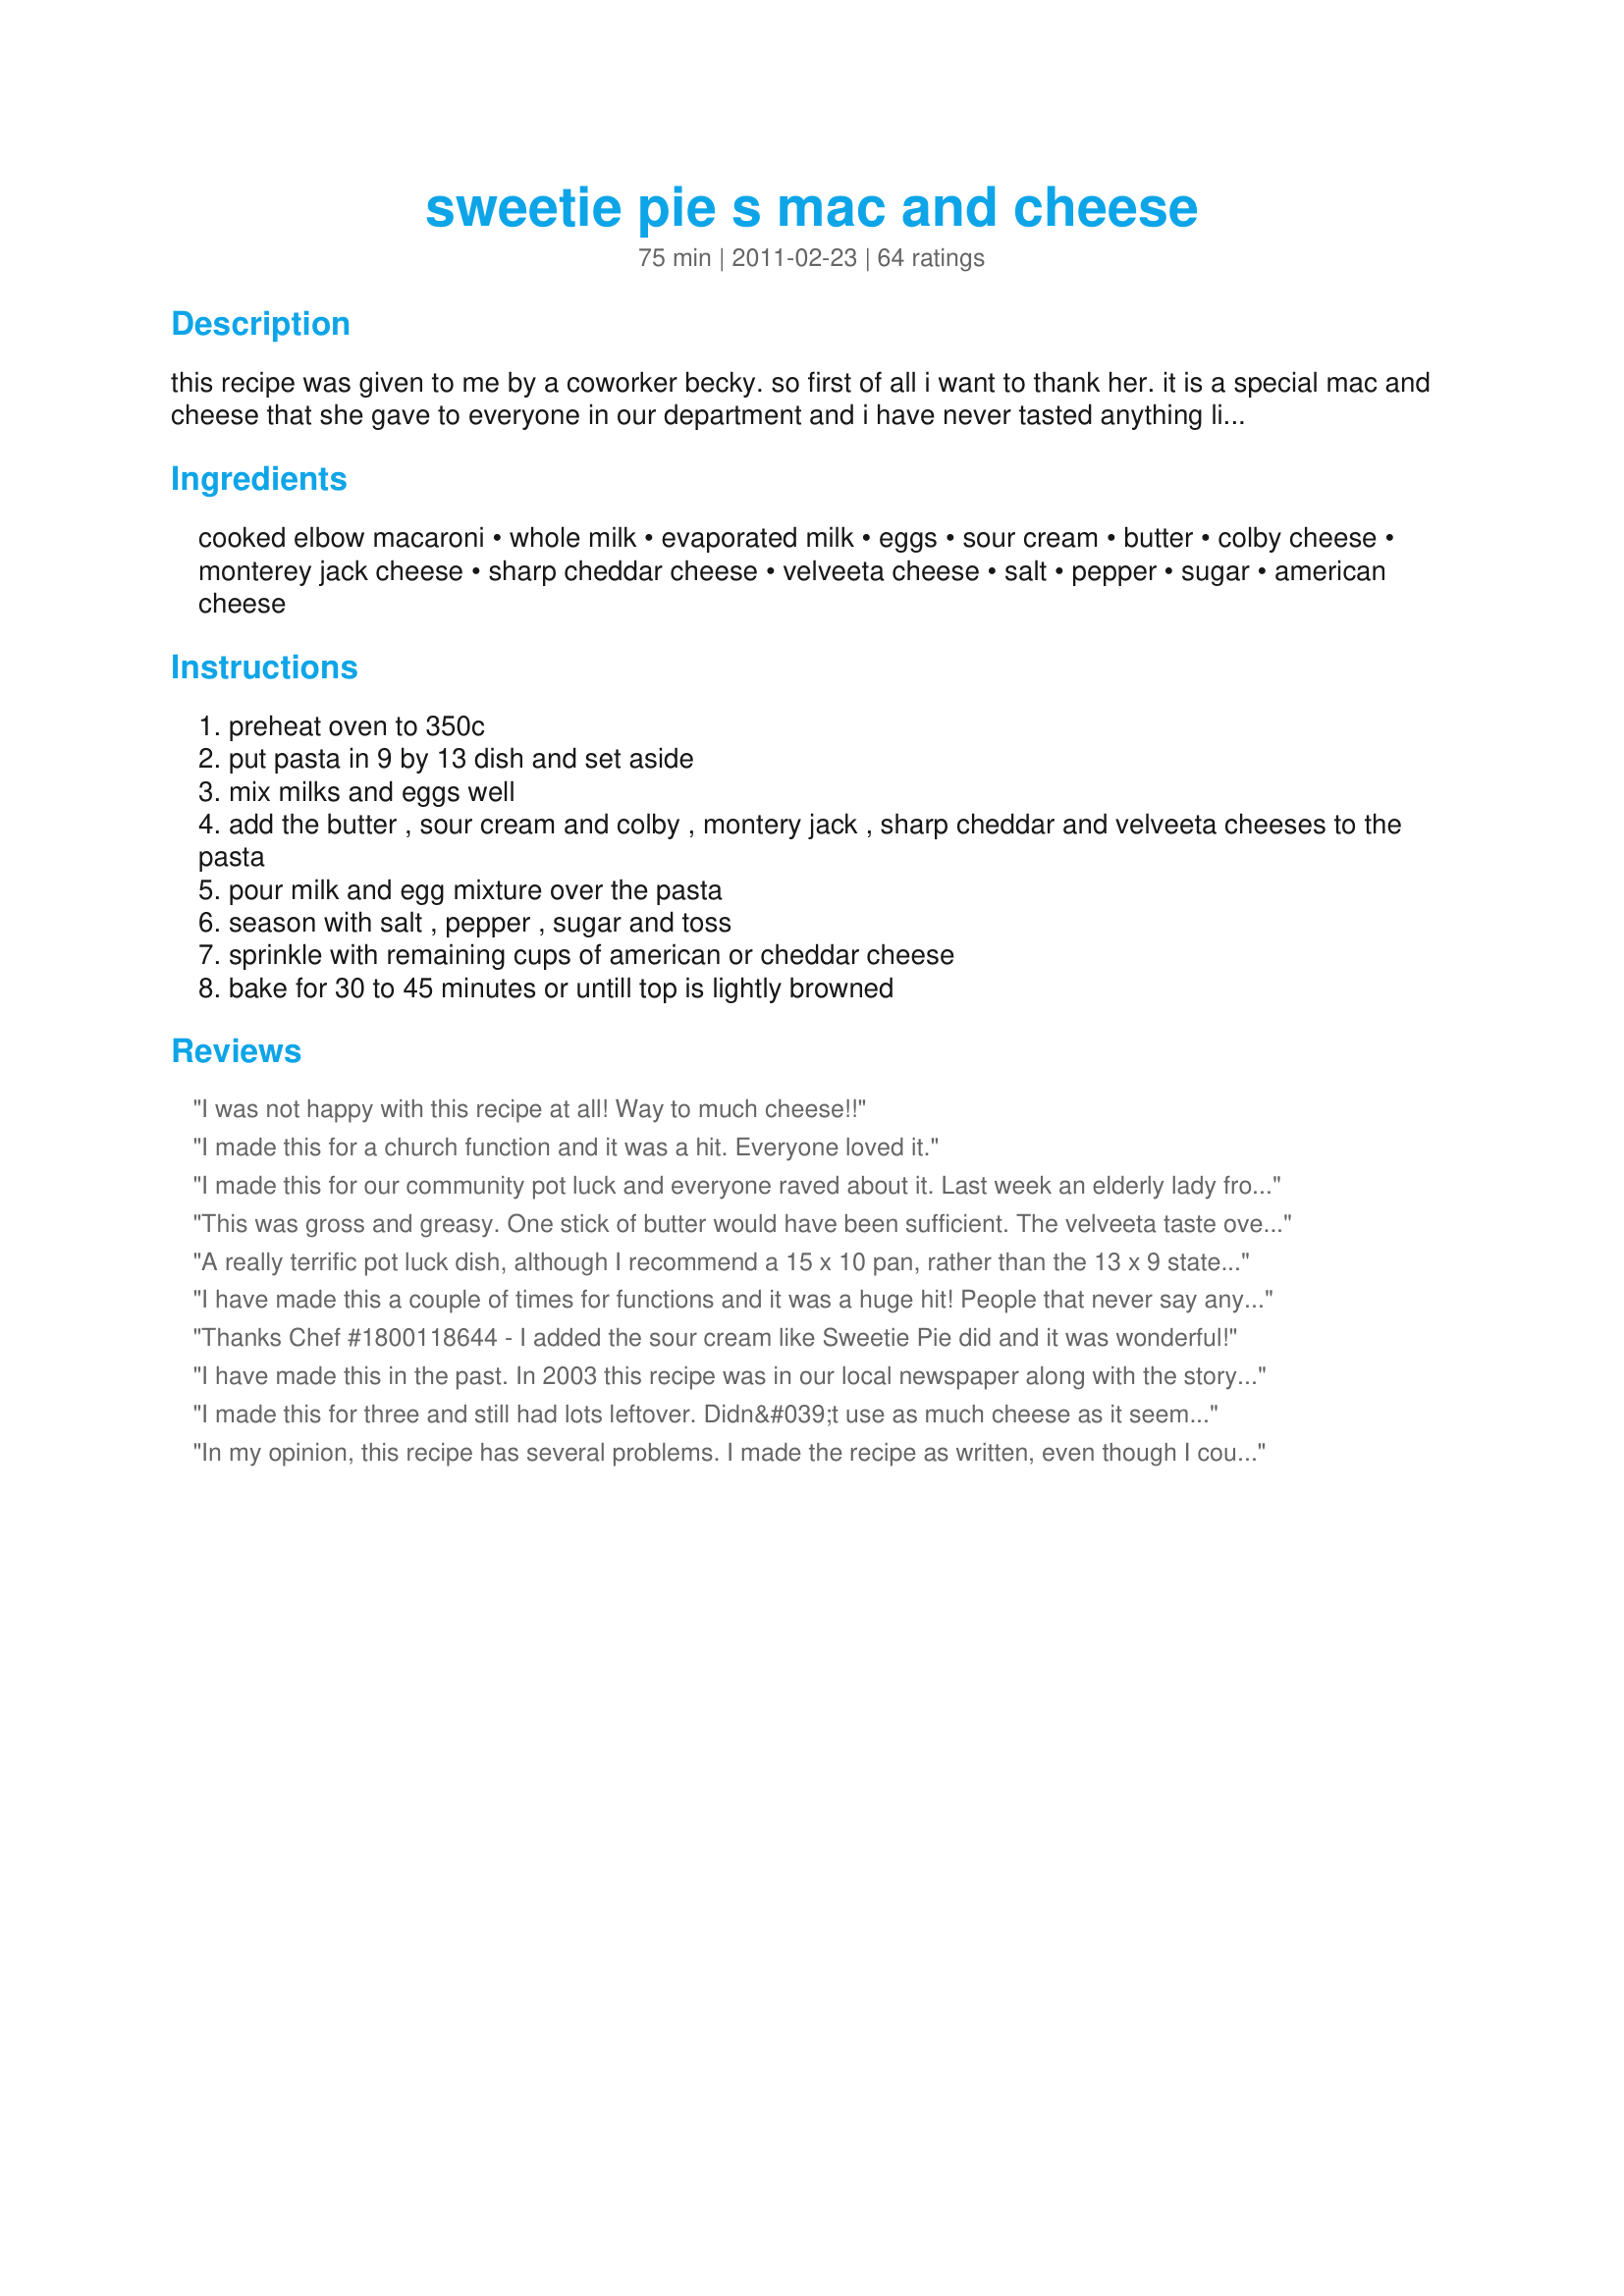
sweetie pie s mac and cheese
Preparation time: 75 minutes

this recipe was given to me by a coworker becky. so first of all i want to thank her. it is a special mac and cheese that she gave to everyone in our department and i have never tasted anything like this before.

Ingredients:
cooked elbow macaroni, whole milk, evaporated milk, eggs, sour cream, butter, colby cheese, monterey jack cheese, sharp cheddar cheese, velveeta cheese, salt, pepper, sugar, american cheese

Steps:
preheat oven to 350c
put pasta in 9 by 13 dish and set aside
mix milks and eggs well
add the butter , sour cream and colby , montery jack , sharp cheddar and velveeta cheeses to the pasta
pour milk and egg mixture over the pasta
season with salt , pepper , sugar and toss
sprinkle with remaining cups of american or cheddar cheese
bake for 30 to 45 minutes or untill top is lightly browned

Reviews:
I was not happy with this recipe at all! Way to much cheese!!
I made this for a church function and it was a hit. Everyone loved it.
I made this for our community pot luck and everyone raved about it. Last week an elderly lady from the complex came up to my apartment and told me she was having a pot luck tomorrow and would I bring that &quot;wonderful&quot; Macaroni &amp; Cheese. I&#039;ve never been asked to a pot luck solely so I could bring a dish, but I suppose there is a first time for everything. &lt;br/&gt;Sweetie Pie&#039;s version of Macaroni and Cheese is a lot like what my Mother used to make. My Grandmother and my Mother are from the South and she&#039;s the only one that I know of, that made it this way.
This was gross and greasy. One stick of butter would have been sufficient. The velveeta taste overpowered the other cheeses. I suggest doubleing the colby and sharp cheeses and adding a block of cream cheese instead of sour cream.
A really terrific pot luck dish, although I recommend a 15 x 10 pan, rather than the 13 x 9 stated in the recipe.
I have made this a couple of times for functions and it was a huge hit! People that never say anything about the food, commented on it, and how good it was. I cut the recipe down to make at home, for just a few people.....still good.
Thanks Chef #1800118644 - I added the sour cream like Sweetie Pie did and it was wonderful!
I have made this in the past. In 2003 this recipe was in our local newspaper along with the story behind Sweetie Pie. She was a backup singer for Ike and Tina Turner. This is the best Mac n cheese recipe EVER and probably the least healthiest, but control your portion and enjoy!!!!
I made this for three and still had lots leftover. Didn&#039;t use as much cheese as it seemed like a lot when I weighed it on the scale. Will use less butter next time also.
In my opinion, this recipe has several problems. I made the recipe as written, even though I couldn&#039;t understand the quantities of butter, cheeses and liquid. Way too much stuff! After putting in the cheeses, you were supposed to dump more on top prior to baking. I omitted that. I also cut back on the butter a little. Also, a 9x13 won&#039;t hold it all -- I put a sheet pan under it and was glad I did. The butter overflowed to the cookie sheet and was pooled on top of the mac n cheese. The taste was okay, but I&#039;ve made other recipes with more reasonable amounts of the above, and ate it without guilt of all the added fat and calories. Sorry, I won&#039;t make it again.
I made it for my family they loved it too.But next time im using 1 egg and not 3eggs
VERY DELICIOUS!!! However, and this may not make sence, but too much cheese...
A side for dinner last night.
This is one of the best mac n cheese recipes that's I have ever tried! My family enjoyed the mac n cheese so much that the entire pan was eaten in about 3 hours! I did alter the recipe a bit little. I used half the amount of Velvetta cheese. It turned out great!
I followed the recipe to the T and it was perfection. It was my first time hosting thanksgiving and it was the star of the show, everyone wanted to take some home. This is going to be my new go to for events :)
How many Weight Watchers points is this?
have tried about 20 Mac and cheese recipes- this is the best and so easy. The only thing I did different was add another half cup of milk. And it needs a bigger than 13x9 pan. Larger foil pan would be good. It&#039;s a lot of food. I won&#039;t use another recipe, I&#039;m sold. Thanks Sweetie Pie
I am a Mac and cheese lover from hell and I am very fusee about what my Mac and Cheese tastes like. I tried Mrs. Sweetie pie&#039;s recipe last night. This Mac and Cheese is off the hook and made me a huge hit with the family. LOVE LOVE LOVE it!!!!!
I love this recipe it was a b I g hit with my family... even though its baked it didnt dry out it remained creamy
I made this go on the smoker and it was very good. I smoked for about an hour and half on a stick burner using hickory and pecan wood. Nice crust on top opening up to a really good mac and cheese.
I came across this recipe about 18 months ago. I made it once for a community picnic and since then, it is the most requested item at any of our large pot luck gatherings. Now, I have to double this recipe to feed most people. &lt;br/&gt;Today, we have over 70 people coming for a pot luck picnic in our retirement community in Florida. I know that it won&#039;t be enough for everyone. I am always happy to share this recipe with others! &lt;br/&gt;&lt;br/&gt;Be sure to watch the video of Sweetie Pie in St Louis making this fabulous dish. Her portions are a bit more generous than you&#039;ll see in the recipe.
This isn&#039;t the recipe that was featured on Triple-D. The measurements are way off for this amount of servings. The correct ingredients and directions were on the website for the crowd-size and family-size portions, but I can&#039;t find it there anymore. Good thing I typed it out at the time.
O M G. I don&#039;t care what anyone has said about velveeta cheese. My persnickety family absolutely said this was the best Mac and Cheese they have ever had.
My sister is a single girl and hardly ever cooks. Not to say she&#039;s a bad cook at all but doesn&#039;t use those muscles much. She made this recipe for a get together a few weeks ago and blew us all away. I love mac n cheese, like it would be one of my last meal request! This is the best I have ever had. Awesome stuff here.
My Grandmother is from South Carolina and she taught me her Southern Mac and Cheese. Which is marvelous. I like to try new recipes so tried this one. This is very much like my Grams with exception of the velveeta cheese, sugar and sour cream. This dish turned out very good however I won&#039;t be making it again. I don&#039;t like the taste of velveeta. Going back to the best, my Grams.
This recipe made me the hero in the family! Now anytime there is a family gathering, guess who is the designated mac-n-cheese person? this guy !
I made this delicious dish for thanksgiving and it was the hit of the night. My family loved it and recommends I make this all the time. This was easy to make and once again delicious. I only had one can of evaporated milk to use
Best mac and cheese I've ever had! I only used 1 stick of butter (1/2 cup) and I used Gouda instead of Colby. It really did seem like a lot of cheese and I was tempted to cut back, but saw an earlier review encouraging us not to, so I used it all. The folks at my church social raved and demolished the pan! Definitely a keeper...thanks Miss Robbie!
This Mac and cheese is to die for, I halved the recipe, only used 1 egg and 1 can of evaporated milk and it was so good. If you don&#039;t like it too too cheesy cut down on the cheddar but not the velvet a, it is a must or this will not work.
I haven&#039;t tried it yet, it&#039;s still cooking, but USE A BIGGER PAN! I noticed one of the reviewers said it after I&#039;d used the pan specified already. My pan actually was too full and well a mess emerged LOL so I had to pour some out. I can&#039;t wait to taste it.
I made this for Christmas with my cheese-loving family. Now I'm not allowed to bring anything else and must make enough for everyone to take home leftovers. Everyone loves it! I'm not big on mac and cheese, but I LOVE Sweetie Pie's! Thanks for making me a food hero!!
Love this mac and cheese recipe!!
not a vegaterian m,meal cheese an eggs an milk
This is my fifth time making this mac and cheese recipe, this Memorial Day! I come from a family of mac and cheese lovers, so I had to be sure it was a recipe my family would like. It was hard for me to change from my recipe I had for years, and years. The only issue I experienced is you must use a bigger pan than what they list 15 x 10. I also use Nature&#039;s Seasoning to give it a great flavor, instead of the white pepper. I also add a dollup more of sour cream and sprinkle some of what says Three Cheese (In the bag) before baking.
Haven&#039;t finished making so I can&#039;t review completely but this recipe NEEDS a bigger pan than 13x9 other wise you milk and egg mixture will be too much and you will have a ton left over. Also the recipe doesn&#039;t say when to add sour cream.
I tried this recipe for the first time for the 4th of July. My family couldn&#039;t get enough if it. The next day it was even better. Doubled everything bc I made a large pan of it. This will b my dish 2 bring 2 family cookouts.
FYI This is not a review, as I will be trying this recipe for a tailgate party next Saturday, but a heads up. In the video from DDD Sweetie Pie used 2 tbsp. of SOUR CREAM as well in the recipe &amp; that ingredient has been omitted from some of the websites that posted her recipe. Sour cream definitely adds that certain something to a lot of things so its a step I wouldn&#039;t leave out, especially if you want to make her signature dish.
I just made this for Xmas eve. My family loved it! I will definitely make it again. YUM!!!
I made this macaroni and cheese recipe, instead of our traditional family recipe for Thanksgiving. My family members told me don&#039;t ever make the family recipe....we want the new macaroni and cheese from now on....delicious!
I make this at least once a month! It truly is the BEST mac and cheese recipie I have ever made! Only took 62 years to find it! Made it exacly as directed! Yes, lots of cheese! Just keep your portions under control and enjoy! Always requested at our family gatherings! Thanks for posting, I’ve made it so many times, I have the recepie memorized! :D D.Bussey Hope,MI
I made this recipe yesterday and let me just say, coming from a southern African American family that really knows how to cook, this recipe topped the charts. A few things I did to slighty modify the recipe. 1) I used a 15 x 10 pan instead of the recommended size. 2) Although the serving size says 6-8, it feeds more like 12-16 people. 3) I used only 1/4 to 1/2 a cup of butter (Kerrygold grassfed butter with salt) and only 1/2 lb of velveeta cheese (can&#039;t have mac &amp; cheese without velveeta). With the sour cream, although it&#039;s not included in the directions, I mixed it in to the pasta at the same time as the butter and cheese. I&#039;m making this recipe a second time for a potluck this week but made it for my family as a &quot;tester&quot; batch and they loved it. Creamy and delicious is all that I will say. I would suggest not to modify the recipe too much as it&#039;s definitely a winner.
This is one of the best recipes for mac. and cheese I have ever made. It is absolutely delicious and will be a hit at any social event you bring it to. I have made this recipe twice now for events with 20+ people in attendance. This recipe is plenty enough for everyone. I do recommend that you use a lasagna pan and not a shallow baking dish. Everyone loved this recipe even the ones who did not like mac. and cheese said they enjoyed this recipe. Thankyou for sharing, it is my new go to recipe.
WOW! I don&#039;t like cheese, so mac and cheese sounded pretty bad. HOWEVER, my family does like it, so I decided to try this recipe. My wife went nuts over it, so I took a bite, then another. This is SO good. One thing I&#039;m going to do differently is mix the ingredients in a big bowl and then pour them into the pan. AWESOME!&lt;br/&gt;PS, bacon will probably go in the next batch.
Even though the recipe on here says it serves 6-8, is that accurate? I found this SAME recipe on another site and it says it serves 12-24. That is way too much for what I need it for. Should I scale it down or does this actually serve 6-8 servings as a side dish? Please help. Thanks.
The instructions never mention when to add the sour cream.
I made this for a potluck at work and it was a hit! The dish turned out delicious! I used only half of the milk mixture and it still turned out THE BOMB!
This is excellent. I have been searching for a mac and cheese recipe and this one is it. It is fantastic. Here are my suggestions: Substitute evaporated milk for a total of three cups of milk. Put this in a dutch oven with the eggs and cheeses (except for the mild cheddar). Cook on med/low until melted and well blended. Add the sour cream (2T) and sugar. Taste the SO DELICIOUS! I always get asked to bring this to a gathering.
No doubt about it, this was the best Mac and cheese I&#039;ve ever had. I forgot the sour cream and the sugar, but it was still the bomb. I&#039;m making it again, but this time I feel I should cut the butter down to a half cup, because with all the fat it the cheese you really don&#039;t need all the butter. Also, I like to had a few buttered bread crumbs on top of the cheese right before it goes in the oven. Amazing dish!
First, I do not cook! Never really had the patience to learn but my husband requested this recipe so I said I would do it! I followed the recipe and OMG! This was fantastic! Best Mac
Great
I made this tonight. There are 2 things that I would like to recommend to anyone that makes this. #1, use genuine Creamette macaroni. I notice that the store brands don&#039;t cook up as soft &amp; the end result is tough, almost &quot;doughy&quot; macaroni. #2, This may be a delicious recipe, however, to me it is way too &quot;rich&quot;. In other words, 5 or 6 mouthfuls is all one can eat comfortably. Next time I make it I will cut way back on the cheese. Instead of almost 3 lbs of cheese I will try cutting each back &amp; only using 2. Also, I do think that 1 stick of butter (1/2 C) and not a full cup is plenty &amp; there is no need for evaporated milk. Try using just plain 2% milk. I would rather be able to eat a greater quantity of this &quot;less rich&quot; version than just a few spoon fulls of the rich version.... P.S I did add the sour cream... just made it all the more richer!!!
Delish. I used only a half cup of butter though. Also, instead of putting the pasta in the dish first and adding everything on top of the casserole dish, I just stirred it up all together in the hot pot I used to boil the pasta. Pure comfort food.
made the mistake of following another review where they suggested no evap milk and cut back on the cheese .......let me tell you ....Follow the recipe as written ....its a 5 star as written or a 2 star with the modifications
This is the only mac and cheese recipe I use. I am always requested to make it for my holiday dinners.
I did not use the sour cream. but it was just as yummy without it. Used black pepper instead of white- I don&#039;t like the smell of white. ALSO it does NOT fit in a 9 x 13 pan- unless you want it filled to the top. instead of using a 1/2 lb of jack and 1/2 lb of Colby, I grated up a 16 oz block of Colby/jack cheese and used that. definitely will have to make this again. and now I know what I will be taking to picnics!
Great recipe!!! I made it for TG and it was a hit.
I made this for the first time and it was a hit with my family thanks for sharing!
Made this last weekend and it was the best Mac and cheese that I have ever had. Use a bigger pan if you have it.....it was filled to the rim! I also added a 1/2 pound of cubed ham and it was great.
I made this for Christmas this year 2016 and OMG! I usually have ONE dish that my family will &quot;ALLOW&quot; me to bring... well BOOM! It was a HIT! My family LOVED IT! They carried it away in carry home dishes! Yes it is RICH! That is what the Holidays are for, EATING RICH FOODS! I am sorry, but pay no attention to the posting made by Jeffery K. If you are a TRUE southerner you have to make it GOOEY! CHEWY! MESSY! ARTERY CLOGGING! FATTENING! GREASY! CHEESY! SOUR CREAMY! I even added MOZZARELLA CHEESE! and ADD anything else you can get away with. I love it! I think it was AMAZING! Thank you Sweetie Pie for sharing this recipe with the world! LOVE, LOVE, LOVE, IT!
Glad you posted this, thanks. I saw the DDD show and just had to have this. I found it on another website, and have made it several times - to rave reviews from family and friends. Just thought of checking to see if it was here, was going to post otherwise. Thanks. This is the most rich, creamy, delicious indulgent and did I mention yummy mac and cheese ever. So worth the workout!!
Recipe contains way too much butter, 1/2 cup is plenty (1 Stick). All different cheeses are good but velvet cheese and only one other like sharp cheddar will be just fine and tastier!!! Definitely need to alter recipe!!!Expected Better from reviews disappointed for sure!!!
I&#039;m making this dish now. Can&#039;t wait to see how it turns out. I didn&#039;t have the right size dish. I used a larger aluminum pan. I normally used a glass casserole dish but I was a little lazy this time. By the way, sour cream is listed in the ingredients but not in the mixing directions. I&#039;ll let you know how it turns out in about an hour.
Omg..this is my 2nd time making this and when I u tell you that my family does not want any other kind..huge Success!
Important note: Don&#039;t forget to add the sour cream, it&#039;s not listed in the directions. I added it with the milks and eggs.
The first time I made this I grated my own cheese and made it in the pan like the recipe states. It was a mess, overflowed and dripped in the oven. The 2nd time I made it I used the pre-grated cheeses which are less bulky. I also mixed this in an extra large bowl and poured it into the baking dish, it fit nicely the 2nd time.
I don&#039;t think the phrase &quot;too much cheese&quot; is in my vocabulary so this recipe ROCKS THE HOUSE!!
